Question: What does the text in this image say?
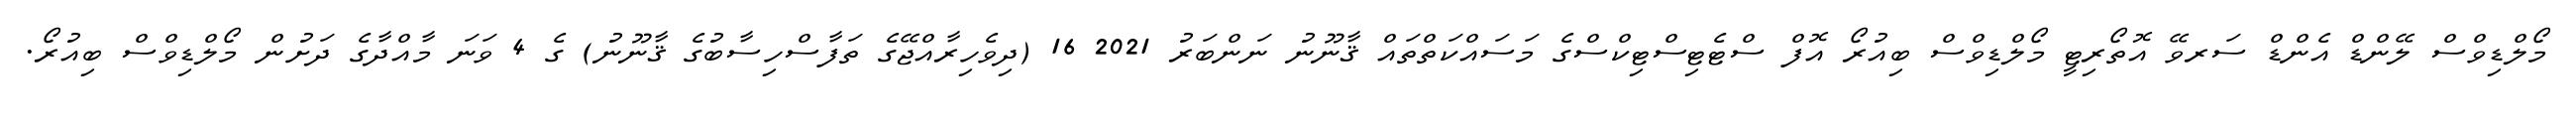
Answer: މޯލްޑިވްސް ލޭންޑް އެންޑް ސަރވޭ އޮތޯރިޓީ މޯލްޑިވްސް ބިއުރޯ އޮފް ސްޓެޓިސްޓިކްސްގެ މަސައްކަތްތައް ޤާނޫނު ނަންބަރު 2021 16 (ދިވެހިރާއްޖޭގެ ތަފާސްހިސާބުގެ ޤާނޫނު) ގެ 4 ވަނަ މާއްދާގެ ދަށުން މޯލްޑިވްސް ބިއުރޯ.